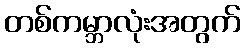
တစ်ကမ္ဘာလုံးအတွက်